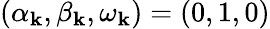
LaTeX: (\alpha_{\mathbf{k}},\beta_{\mathbf{k}},\omega_{\mathbf{k}})=(0,1,0)